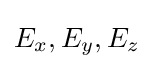
E_{x},E_{y},E_{z}